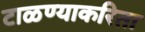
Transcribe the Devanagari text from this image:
टाळण्याकरिता